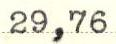
29,76